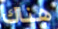
هناك